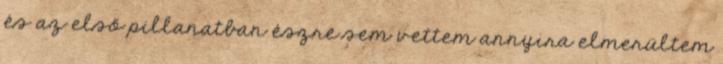
és az első pillanatban észre sem vettem annyira elmerültem